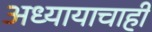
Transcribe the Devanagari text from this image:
अध्यायाचाही